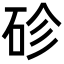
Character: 䂦